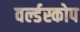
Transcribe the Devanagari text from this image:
वर्ल्डस्कोप